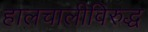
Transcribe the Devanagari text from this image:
हालचालीविरुद्ध